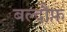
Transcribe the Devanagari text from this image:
बल्दौफ़